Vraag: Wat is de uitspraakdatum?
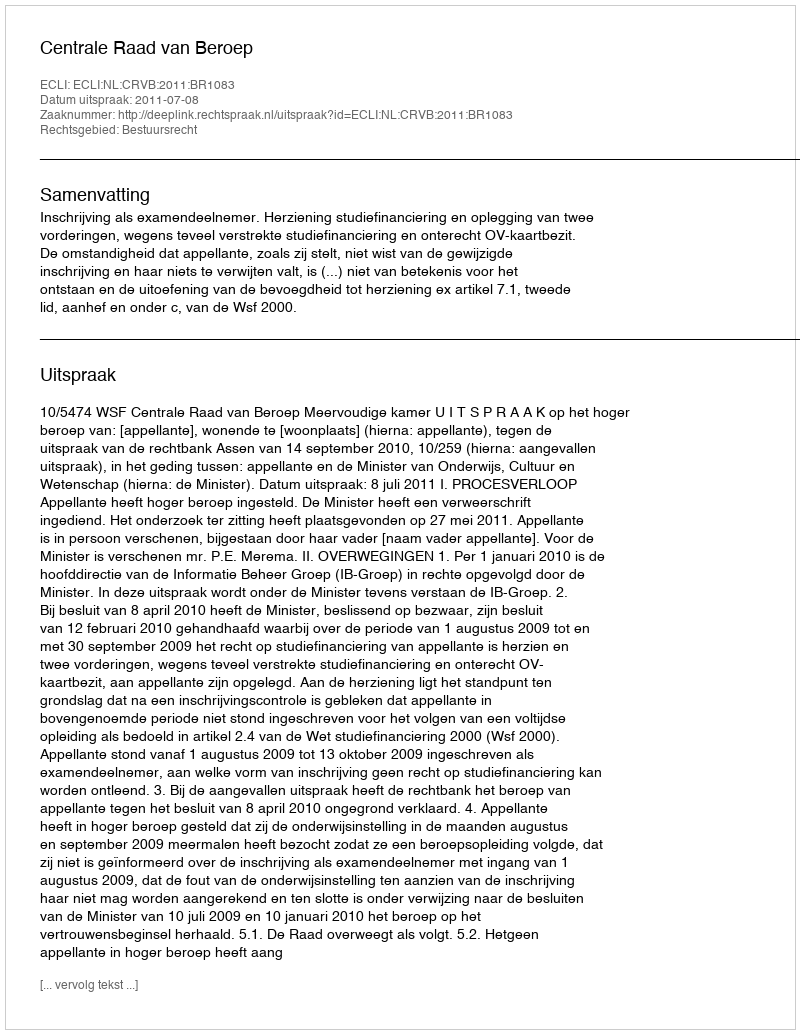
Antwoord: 2011-07-08